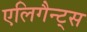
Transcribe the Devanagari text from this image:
एलिगैन्ट्स